Code of medical and sanitary regulations for the guidance of medical officers serving in the Madras Presidency - Volume I
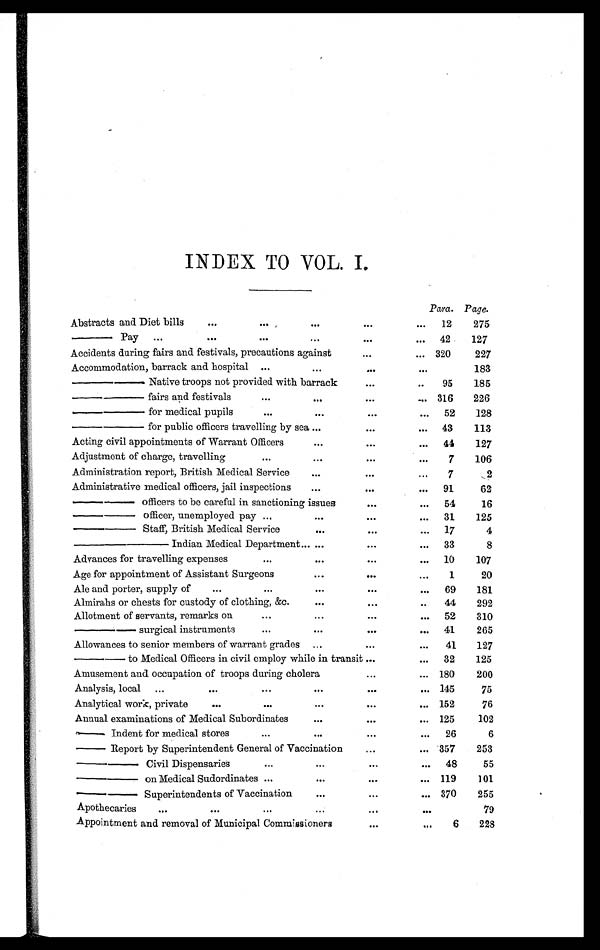
INDEX TO VOL. I.
Para. Page.
Abstracts and Diet bills
. . .
. . .
. . .
...
...
12
275
— P a y
...
. . .
...
. . .
...
...
42
127
Accidents during fairs and festivals, precautions against
...
... 320
227
Accommodation, barrack and hospital . . .
...
...
. . .
183
—— Native troops not provided with barrack
...
...
95
185
—— fairs and festivals
. . .
. . .
...
... 316
226
—— for medical pupils
. . .
. . .
...
...
52
128
—— for public officers travelling by sea . . .
...
...
43
113
Acting civil appointments of Warrant Officers
. . .
...
. . . 44
127
Adjustment of charge, travelling
. . .
...
...
. . .
7
106
Administration report, British Medical Service
. . .
...
...
7
2
Administrative medical officers, jail inspections
. . .
...
...
91
62
—— officers to be careful in sanctioning issues
...
...
54
16
—— officer, unemployed pay ...
. . .
...
...
31
125
—— Staff, British Medical Service
. . .
...
...
17
4
— — — I n d i a n M e d i c a l D e p a r t m e n t . . . ...
...
...
33
8
Advances for travelling expenses
. . .
. . .
...
...
10
107
Age for appointment of Assistant Surgeons
. . .
...
. . .
1
20
Ale and porter, supply of
...
...
. . .
...
...
69
181
Almirahs or chests for custody of clothing, &c.
. . .
...
. . .
44
292
Allotment of servants, remarks on
. . .
. . .
...
...
52
310
— — s u r g i c a l i n s t r u m e n t s
. . .
. . .
...
. . . 41
265
Allowances to senior members of warrant grades
...
...
...
41
127
— — t o M e d i c a l O f f i c e r s i n c i v i l e m p l o y w h i l e i n t r a n s i t ...
...
32
125
Amusement and occupation of troops during cholera
...
... 180
200
Analysis, local
...
. . .
. . .
. . .
...
. . . 145
75
Analytical work, private
. . .
. . .
...
...
... 152
76
Annual examinations of Medical Subordinates
. . .
...
... 125
102
— Indent for medical stores
...
. . .
...
...
26
6
— R e p o r t b y S u p e r i n t e n d e n t G e n e r a l o f V a c c i n a t i o n
...
... 357
253
— — C i v i l D i s p e n s a r i e s
...
...
...
...
48
55
—— on Medical Sudordinates ...
...
...
... 119
101
— — S u p e r i n t e n d e n t s o f V a c c i n a t i o n
...
...
... 370
255
Apothecaries
...
. . .
...
...
...
. . .
79
Appointment and removal of Municipal Commissioners
...
...
6
228